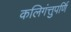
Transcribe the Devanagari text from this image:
कलिगंत्तुपर्णि